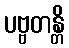
ပဗ္ဗတန္တိ